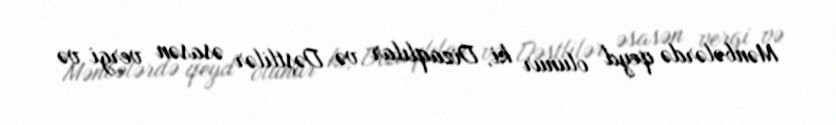
Mənbələrdə qeyd olunur ki, Dizaqlılar və Dəştlilər əsasən vergi və